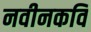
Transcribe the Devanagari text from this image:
नवीनकवि